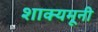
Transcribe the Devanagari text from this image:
शाक्यमूनी